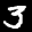
Label: 3